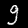
Label: 9